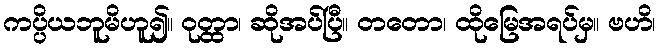
ကပ္ပိယဘူမိဟူ၍။ ဝုတ္ထာ၊ ဆိုအပ်ပြီ။ တတော၊ ထိုမြေအရပ်မှ။ ဗဟိ၊